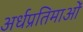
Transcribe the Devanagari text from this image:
अर्धप्रतिमाओं